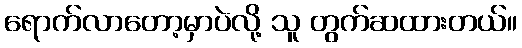
ရောက်လာတော့မှာပဲလို့ သူ တွက်ဆထားတယ်။